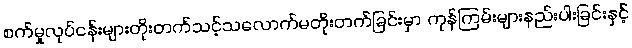
စက်မှုလုပ်ငန်းများတိုးတက်သင့်သလောက်မတိုးတက်ခြင်းမှာ ကုန်ကြမ်းများနည်းပါးခြင်းနှင့်